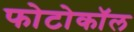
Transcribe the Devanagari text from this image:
फोटोकॉल